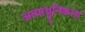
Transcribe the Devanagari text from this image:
अत्याधुनिकता